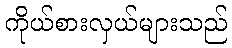
ကိုယ်စားလှယ်များသည်